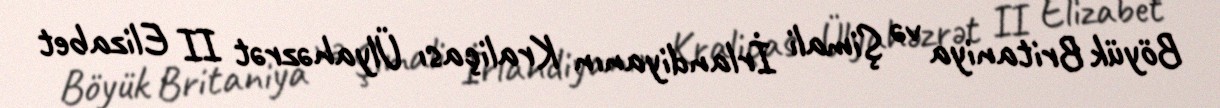
Böyük Britaniya və Şimali İrlandiyanın Kraliçası Ülyahəzrət II Elizabet